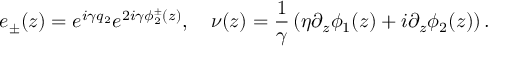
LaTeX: e _ { \pm } ( z ) = e ^ { i \gamma q _ { 2 } } e ^ { 2 i \gamma \phi _ { 2 } ^ { \pm } ( z ) } , ~ ~ ~ \nu ( z ) = \frac { 1 } { \gamma } \left( \eta \partial _ { z } \phi _ { 1 } ( z ) + i \partial _ { z } \phi _ { 2 } ( z ) \right) .